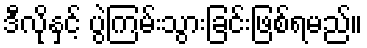
ဒီလိုနှင့် ပွဲကြမ်းသွားခြင်းဖြစ်ရမည်။